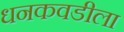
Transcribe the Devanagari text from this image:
धनकवडीला